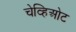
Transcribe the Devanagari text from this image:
चेव्हिओट